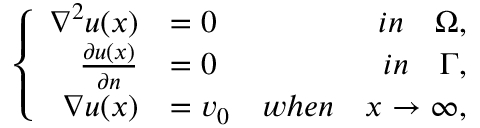
\left\{ \begin{array} { r l r } { \nabla ^ { 2 } u ( \boldsymbol { x } ) } & { = 0 } & { i n \quad \Omega , } \\ { \frac { \partial u ( \boldsymbol { x } ) } { \partial \boldsymbol { n } } } & { = 0 } & { i n \quad \Gamma , } \\ { \nabla u ( \boldsymbol { x } ) } & { = \boldsymbol { v } _ { 0 } } & { w h e n \quad \boldsymbol { x } \rightarrow \infty , } \end{array} \right.